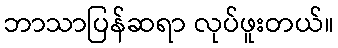
ဘာသာပြန်ဆရာ လုပ်ဖူးတယ်။